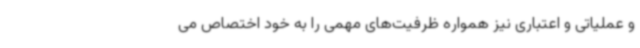
و عملیاتی و اعتباری نیز همواره ظرفیت‌های مهمی را به خود اختصاص می